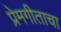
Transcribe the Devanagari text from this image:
प्रेमगीताचा